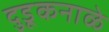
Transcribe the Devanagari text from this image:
दुडूकनाळे